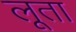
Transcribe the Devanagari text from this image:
लूता